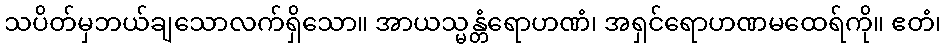
သပိတ်မှဘယ်ချသောလက်ရှိသော။ အာယသ္မန္တံရောဟဏံ၊ အရှင်ရောဟဏမထေရ်ကို။ ဧတံ၊